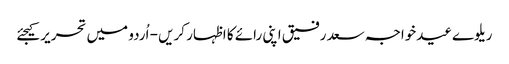
ریلوےعیدخواجہ سعد رفیق اپنی رائے کا اظہار کریں - اُردو میں تحریر کیجئے